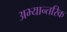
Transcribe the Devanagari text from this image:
अभ्यान्तरिक